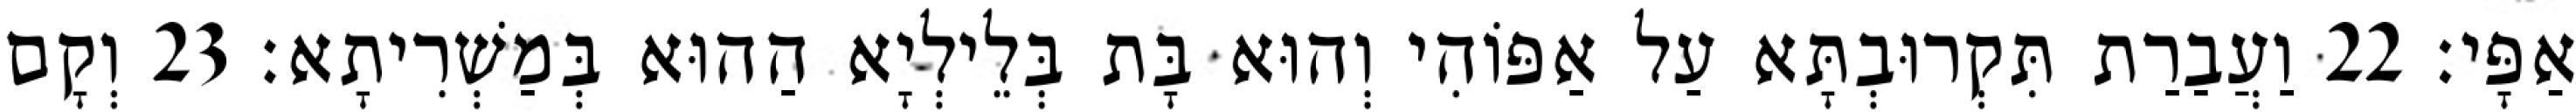
אַפָּי׃ 22 וַעֲבַרַת תִּקְרוּבְתָּא עַל אַפּוֹהִי וְהוּא בָּת בְּלֵילְיָא הַהוּא בְּמַשְׁרִיתָא׃ 23 וְקָם